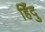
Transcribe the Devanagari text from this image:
हिँदु